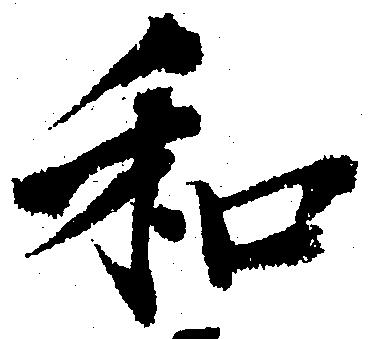
和